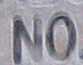
NO